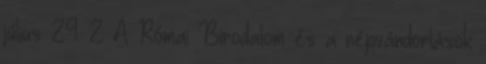
július 29. 2 A Római Birodalom és a népvándorlások